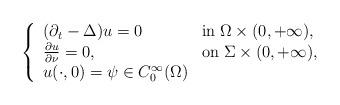
LaTeX: \begin{align*}\left\{\begin{array}{ll}(\partial _t-\Delta )u=0\;\; &\mbox{in}\; \Omega \times (0,+\infty ),\\\frac{\partial u}{\partial \nu}=0, &\mbox{on}\; \Sigma \times (0,+\infty ),\\u(\cdot ,0)=\psi \in C_0^\infty (\Omega)\end{array}\right.\end{align*}